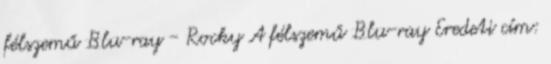
félszemű Blu-ray - Rocky A félszemű Blu-ray Eredeti cím: